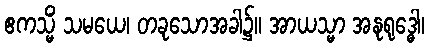
ဧကသ္မိံ သမယေ၊ တခုသောအခါ၌။ အာယသ္မာ အနုရုဒ္ဓေါ၊